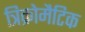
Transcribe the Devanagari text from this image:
त्रिक्रोमैटिक